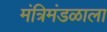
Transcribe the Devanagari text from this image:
मंत्रिमंडळाला